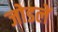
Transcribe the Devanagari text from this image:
जोडलें